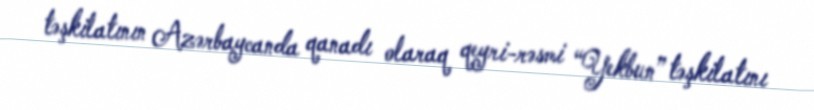
təşkilatının Azərbaycanda qanadı olaraq qeyri-rəsmi “Yekbun” təşkilatını